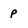
Character: p